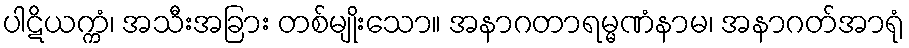
ပါဋိယက္ကံ၊ အသီးအခြား တစ်မျိုးသော။ အနာဂတာရမ္မဏံနာမ၊ အနာဂတ်အာရုံ